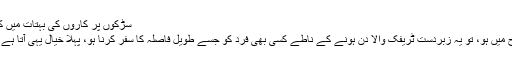
سڑکوں پر کاروں کی بہتات میں کمی لانے میں مشغول اسٹارٹپ
اگر آپ دوشنبہ ( پیر ) کی صبح میں ہو، تو یہ زبردست ٹریفک والا دن ہونے کے ناطے کسی بھی فرد کو جسے طویل فاصلہ کا سفر کرنا ہو، پہلا خیال یہی آتا ہے کہ گھر سے جلدی نکلا جائے۔